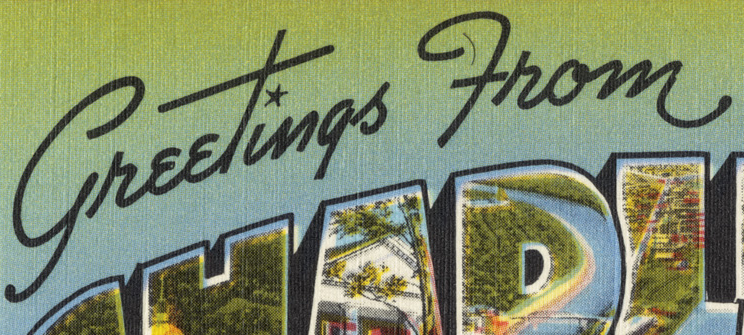
Greetings From